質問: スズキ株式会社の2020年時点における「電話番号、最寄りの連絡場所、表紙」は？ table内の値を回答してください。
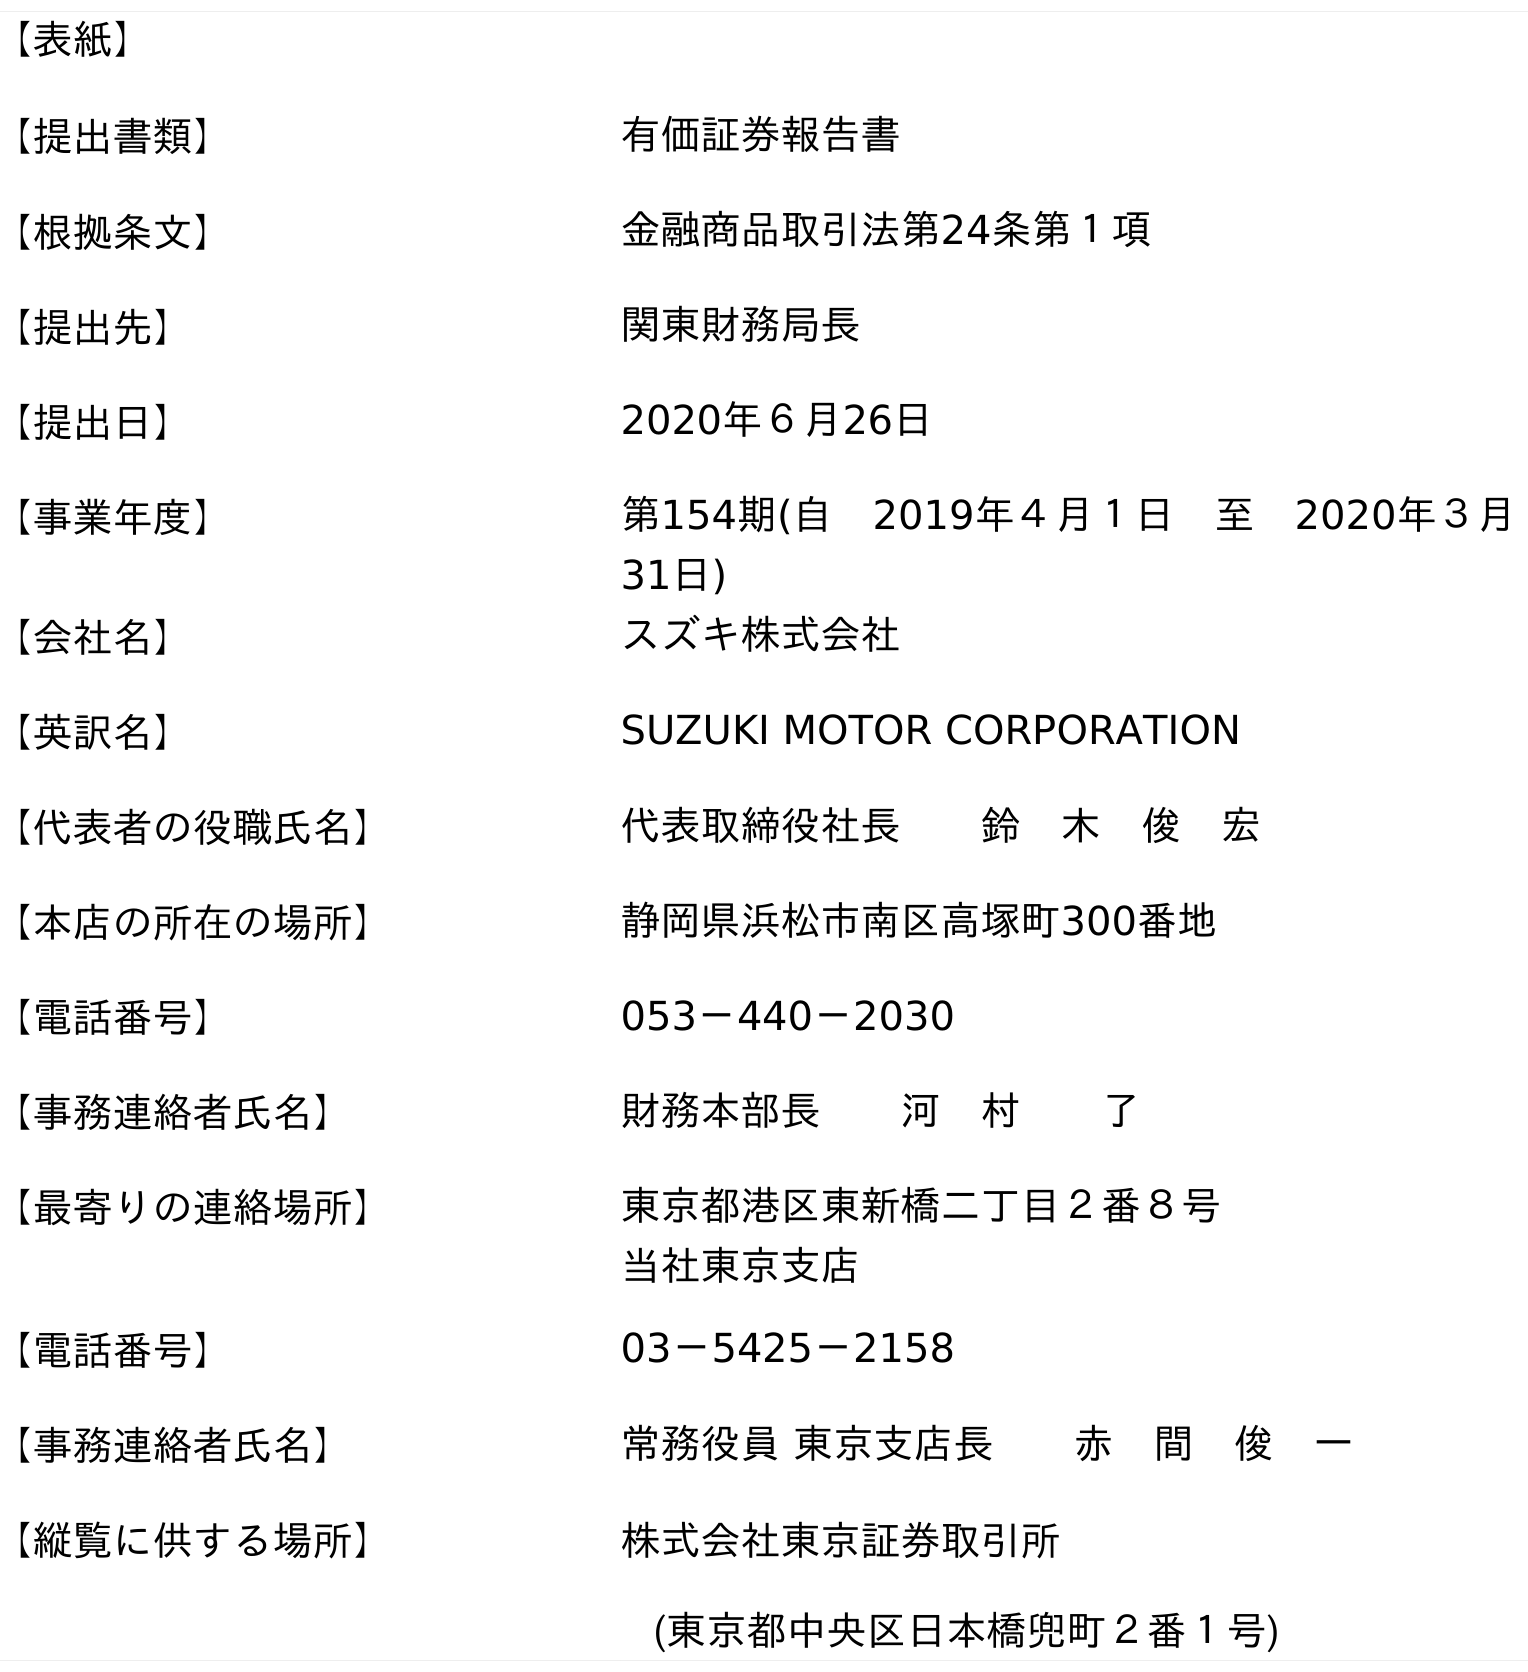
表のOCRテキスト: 【表紙】 【提出書類】 有価証券報告書 【根拠条文】 金融商品取引法第24条第１項 【提出先】 関東財務局長 【提出日】 2020年６月26日 【事業年度】 第154期(自 2019年４月１日 至 2020年３月 31日) 【会社名】 スズキ株式会社 【英訳名】 SUZUKI MOTOR CORPORATION 【代表者の役職氏名】 代表取締役社長  鈴 木 俊 宏 【本店の所在の場所】 静岡県浜松市南区高塚町300番地 【電話番号】 053－440－2030 【事務連絡者氏名】 財務本部長  河 村  了 【最寄りの連絡場所】 東京都港区東新橋二丁目２番８号 当社東京支店 【電話番号】 03－5425－2158 【事務連絡者氏名】 常務役員 東京支店長  赤 間 俊 一 【縦覧に供する場所】 株式会社東京証券取引所 (東京都中央区日本橋兜町２番１号)
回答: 03－5425－2158